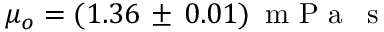
\mu _ { o } = ( 1 . 3 6 \, \pm \, 0 . 0 1 ) \, \mathrm { ~ m ~ P ~ a ~ } \, \mathrm { ~ s ~ }